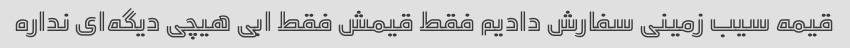
قیمه سیب زمینی سفارش دادیم فقط قیمش فقط ابی هیچی دیگه‌ای نداره